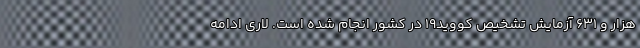
هزار و ۶۳۱ آزمایش تشخیص کووید۱۹ در کشور انجام شده است. لاری ادامه